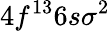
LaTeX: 4f^{13}6s\sigma^{2}